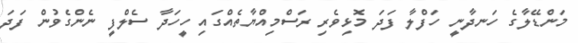
މަންޑޭލާގެ ހަނދާނީ ހަފްލާ ފަދަ މޮޅިވެރި ރަސްމިއްޔާތެއްގައި ހީހަދާ ސެލްފީ ނެންގެވުން ފަދަ